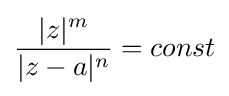
{\frac {|z|^{m}}{|z-a|^{n}}}=const